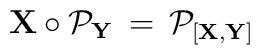
{\bf X} \circ {\cal P}_{\bf Y} \,=  \,{\cal P}_{[{\bf X},{\bf Y}]}